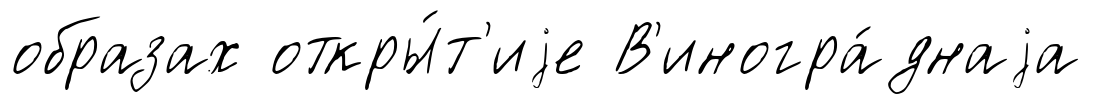
образах откры́т'иjе В'иногра́днаjа